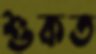
শুকত